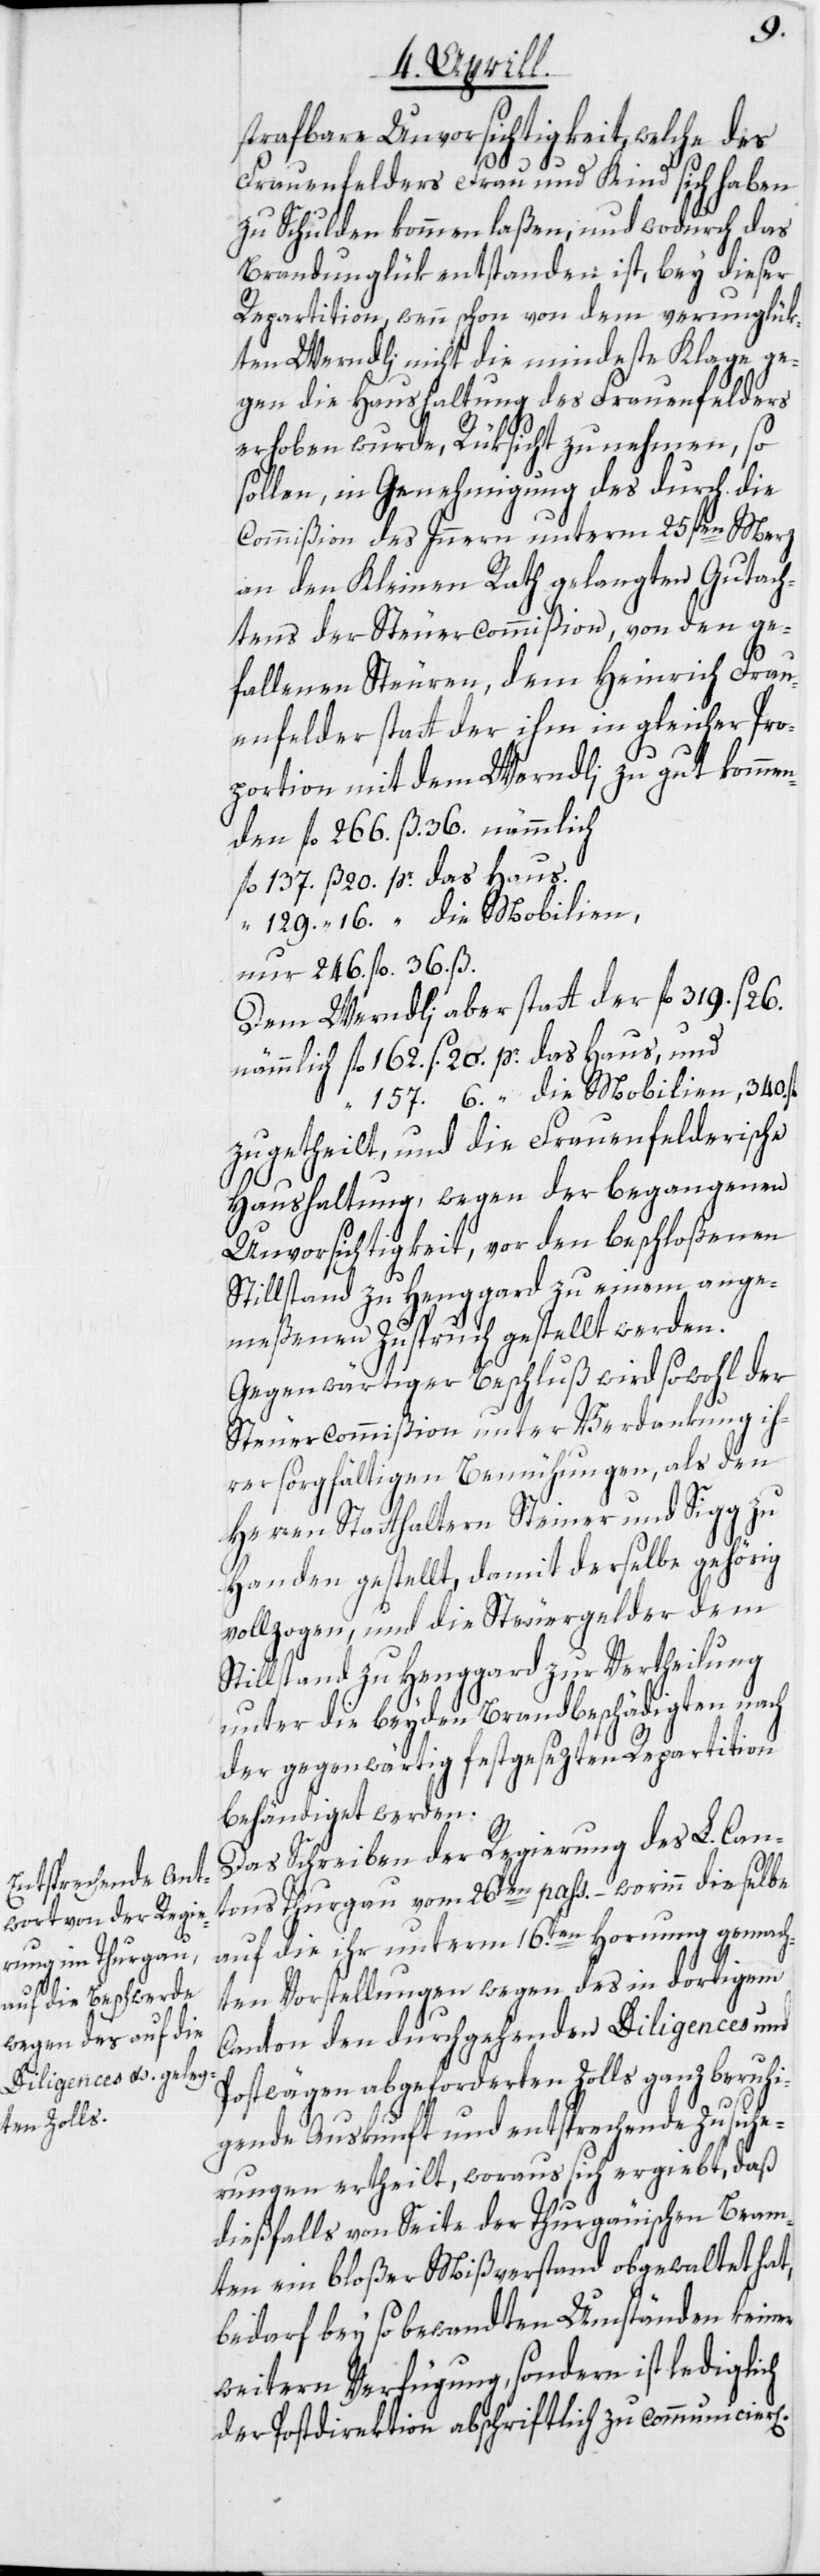
340.
strafbare Unvorsichtigkeit, welche des
n].
Frauenfelders Frau und Kind sich haben
zu Schulden kommen laßen, und wodurch das
Brandunglük entstanden ist, bey dieser
Repartition, wenn schon von dem verunglük¬
ten Werndli nicht die mindeste Klage ge¬
gen die Haushaltung des Frauenfelders
erhoben wurde, Rüksicht zu nehmen, so
sollen, in Genehmigung des durch die
Commißion des Innern unterm 25ten Merz
an den Kleinen Rath gelangten Gutach¬
tens der Steuercommißion, von den ge¬
fallenen Steuren, dem Heinrich Frau¬
enfelder statt der ihm in gleicher Pro¬
portion mit dem Werndli zu gut kommen¬
den fl. 266. ß. 36. nämmlich
fl. 162. s. 20. pr. das Haus,
[s.] 6. [pr.] die Mobilien,
nur 246. fl. 36. ß.
Dem Werndli aber statt der fl. 319. s 26.
zugetheilt, und die Frauenfelderische
Haushaltung, wegen der begangenen
Unvorsichtigkeit, vor den beschloßenen
Stillstand zu Henggard zu einem ange¬
meßenen Zuspruch gestellt werden.
Gegenwärtiger Beschluß wird sowohl der
Steuercommißion unter Verdankung ih¬
rer sorgfältigen Bemühungen, als den
Herren Statthaltern Steiner und Sigg zu
Handen gestellt, damit derselbe gehörig
vollzogen, und die Steuergelder dem
Stillstand zu Henggard zur Vertheilung
unter die beyden Brandbeschädigten nach
der gegenwärtig festgesezten Repartition
behändiget werden.
Das Schreiben der Regierung des L. Can¬
tons Thurgau vom 26ten pass. – worinn dieselbe
auf die ihr unterm 16.ten Hornung gemach¬
ten Vorstellungen wegen des in dortigem
Canton den durchgehenden Diligences und
Postwägen abgeforderten Zolls ganz beruhi¬
gende Auskunft und entsprechende Zusiche¬
rungen ertheilt, woraus sich ergiebt, daß
dießfalls von Seite der Thurgauischen Beam¬
ten ein bloßer Mißverstand obgewaltet hat,
bedarf bey so bewandten Umständen keiner
weitern Verfügung, sondern ist lediglich
der Postdirektion abschriftlich zu communicier[e¬